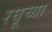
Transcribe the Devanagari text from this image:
रघूच्या